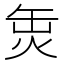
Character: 𤈣